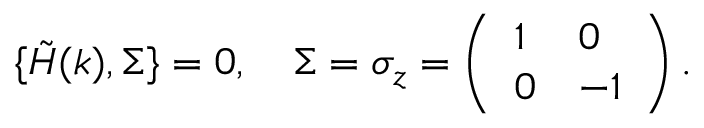
\begin{array} { r } { \{ \tilde { H } ( k ) , \Sigma \} = 0 , \quad \Sigma = \sigma _ { z } = \left( \begin{array} { l l } { 1 } & { 0 } \\ { 0 } & { - 1 } \end{array} \right) . } \end{array}